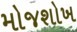
મોજશોખ